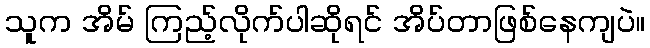
သူက အိမ် ကြည့်လိုက်ပါဆိုရင် အိပ်တာဖြစ်နေကျပဲ။